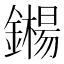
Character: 𬬍